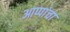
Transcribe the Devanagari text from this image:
आप्पांचा